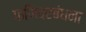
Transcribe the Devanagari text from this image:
फणिवरबंधना